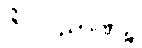
ဇိဝှါဝိညာဏဉ္စ